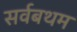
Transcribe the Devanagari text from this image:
सर्वबथम